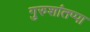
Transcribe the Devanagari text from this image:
गुरुशांतप्पा